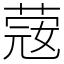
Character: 䓻